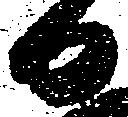
日